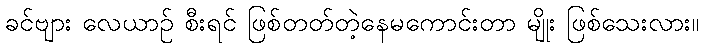
ခင်ဗျား လေယာဉ် စီးရင် ဖြစ်တတ်တဲ့နေမကောင်းတာ မျိုး ဖြစ်သေးလား။